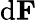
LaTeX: \mathrm{d}\mathbf{F}